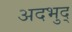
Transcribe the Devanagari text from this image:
अदभुद्